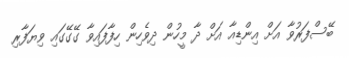
ބޭސްފަރުވާ އަށް އިންޑިއާ އަށް ދާ މީހުން ދިވެހިން ހިފާފައިވާ ގޭގޭގައި ވިޔަފާރި